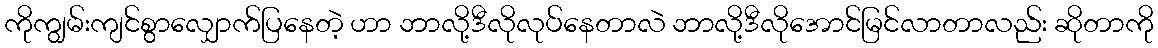
ကိုကျွမ်းကျင်စွာလျှောက်ပြနေတဲ့ ဟာ ဘာလို့ဒီလိုလုပ်နေတာလဲ ဘာလို့ဒီလိုအောင်မြင်လာတာလည်း ဆိုတာကို